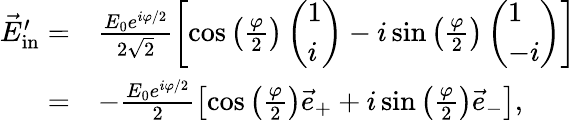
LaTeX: \begin{array}{rl}{\vec{E}_{\mathrm{in}}^{\prime}=}&{\frac{E_{0}e^{i\varphi/2}}{2\sqrt 2}\left[\cos\left(\frac{\varphi}{2}\right)\left(\begin{array}{l}{1}\\ {i}\end{array}\right)-i\sin\left(\frac{\varphi}{2}\right)\left(\begin{array}{l}{1}\\ {-i}\end{array}\right)\right]}\\ {=}&{-\frac{E_{0}e^{i\varphi/2}}{2}\left[\cos\left(\frac{\varphi}{2}\right)\vec{e}_{+}+i\sin\left(\frac{\varphi}{2}\right)\vec{e}_{-}\right],}\end{array}